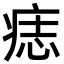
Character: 痣